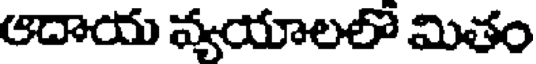
ఆదాయ వ్యయాలలో మితం